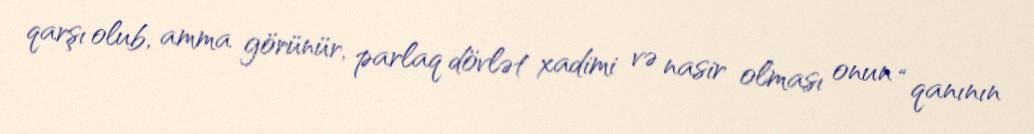
qarşı olub, amma görünür, parlaq dövlət xadimi və nasir olması onun “qanının